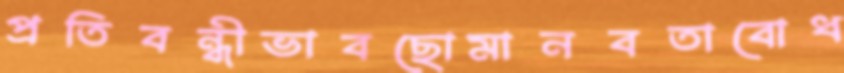
প্রতিবন্ধীভাবছোমানবতাবোধ